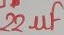
Text: 22µF